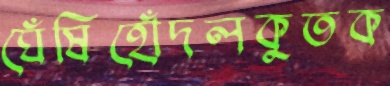
ঘেঁষিহোঁদলকুতক